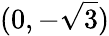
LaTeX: (0,-{\sqrt{3}})